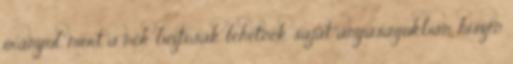
irányul, mert a nők biztosak lehetnek saját anyaságukban, hiszen